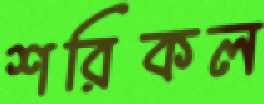
শরিকল